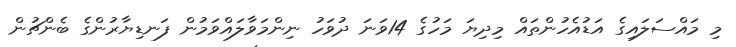
މި މައްސަލައިގެ އަޑުއެހުންތައް މިދިޔަ މަހުގެ 14ވަނަ ދުވަހު ނިންމަވާލައްވަމުން ފަނޑިޔާރުންގެ ބެންޗުން